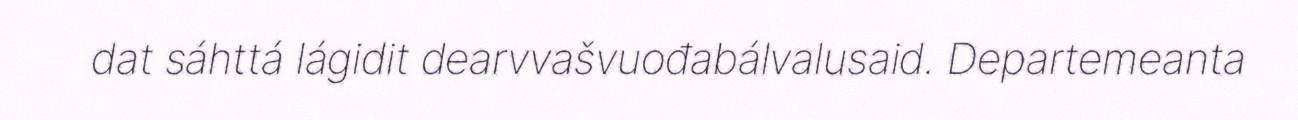
dat sáhttá lágidit dearvvašvuođabálvalusaid. Departemeanta